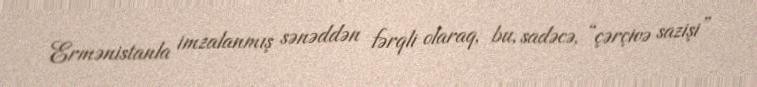
Ermənistanla imzalanmış sənəddən fərqli olaraq, bu, sadəcə, “çərçivə sazişi”